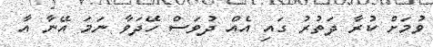
ވުމަށް ކުރާ ދަތުރު ގައި އެއް ދުވަސް ހޭދަވާ ނަމަ އޭނާ އާ